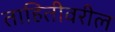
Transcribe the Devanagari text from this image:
ताहितीवरील